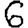
Digit: 6